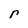
Character: r